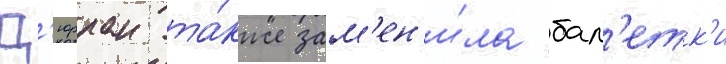
Д'юрран та́кже зам'ен'и́ла бал'етк'и